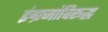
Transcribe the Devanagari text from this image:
इंग्रजांविरूद्ध